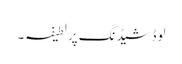
لوڈشیڈنگ پر لطیفہ۔